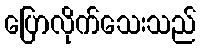
ပြောလိုက်သေးသည်